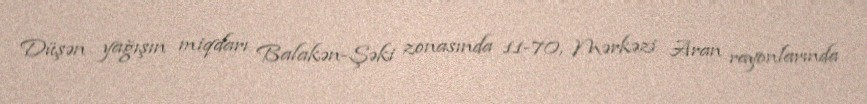
Düşən yağışın miqdarı Balakən-Şəki zonasında 11-70, Mərkəzi Aran rayonlarında